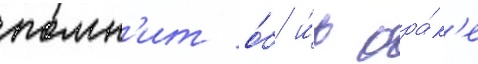
помн'ит о́б и́х бра́к'е